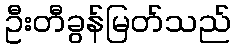
ဦးတီခွန်မြတ်သည်